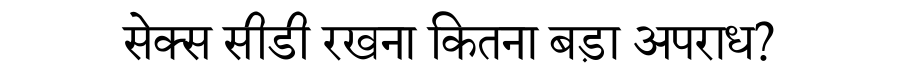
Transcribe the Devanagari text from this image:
सेक्स सीडी रखना कितना बड़ा अपराध?